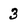
Character: 3